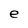
Character: e